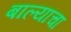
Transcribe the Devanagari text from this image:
बाल्यांचा